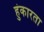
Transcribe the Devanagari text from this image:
हुंकारता